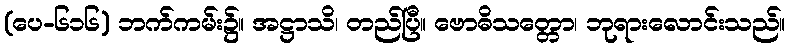
(ပေ-၆၁၆) ဘက်ကမ်း၌။ အဋ္ဌာသိ၊ တည်ပြီ။ ဗောဓိသတ္တော၊ ဘုရားလောင်းသည်။